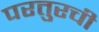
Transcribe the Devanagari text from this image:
परतुरची